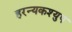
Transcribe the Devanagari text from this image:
हरन्यकश्युप